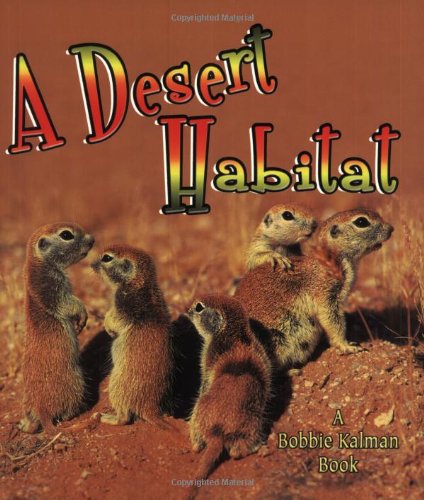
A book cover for A Desert Habitat (Introducing Habitats); Kelley Macaulay; Children's Books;